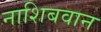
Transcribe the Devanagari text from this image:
नाशिबवान